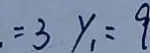
= 3 y _ { 1 } = 9